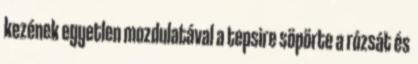
kezének egyetlen mozdulatával a tepsire söpörte a rózsát és